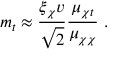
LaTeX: m _ { t } \approx \frac { \xi _ { \chi } v } { \sqrt { 2 } } \frac { \mu _ { \chi t } } { \mu _ { \chi \chi } } ~ .